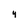
Character: 4